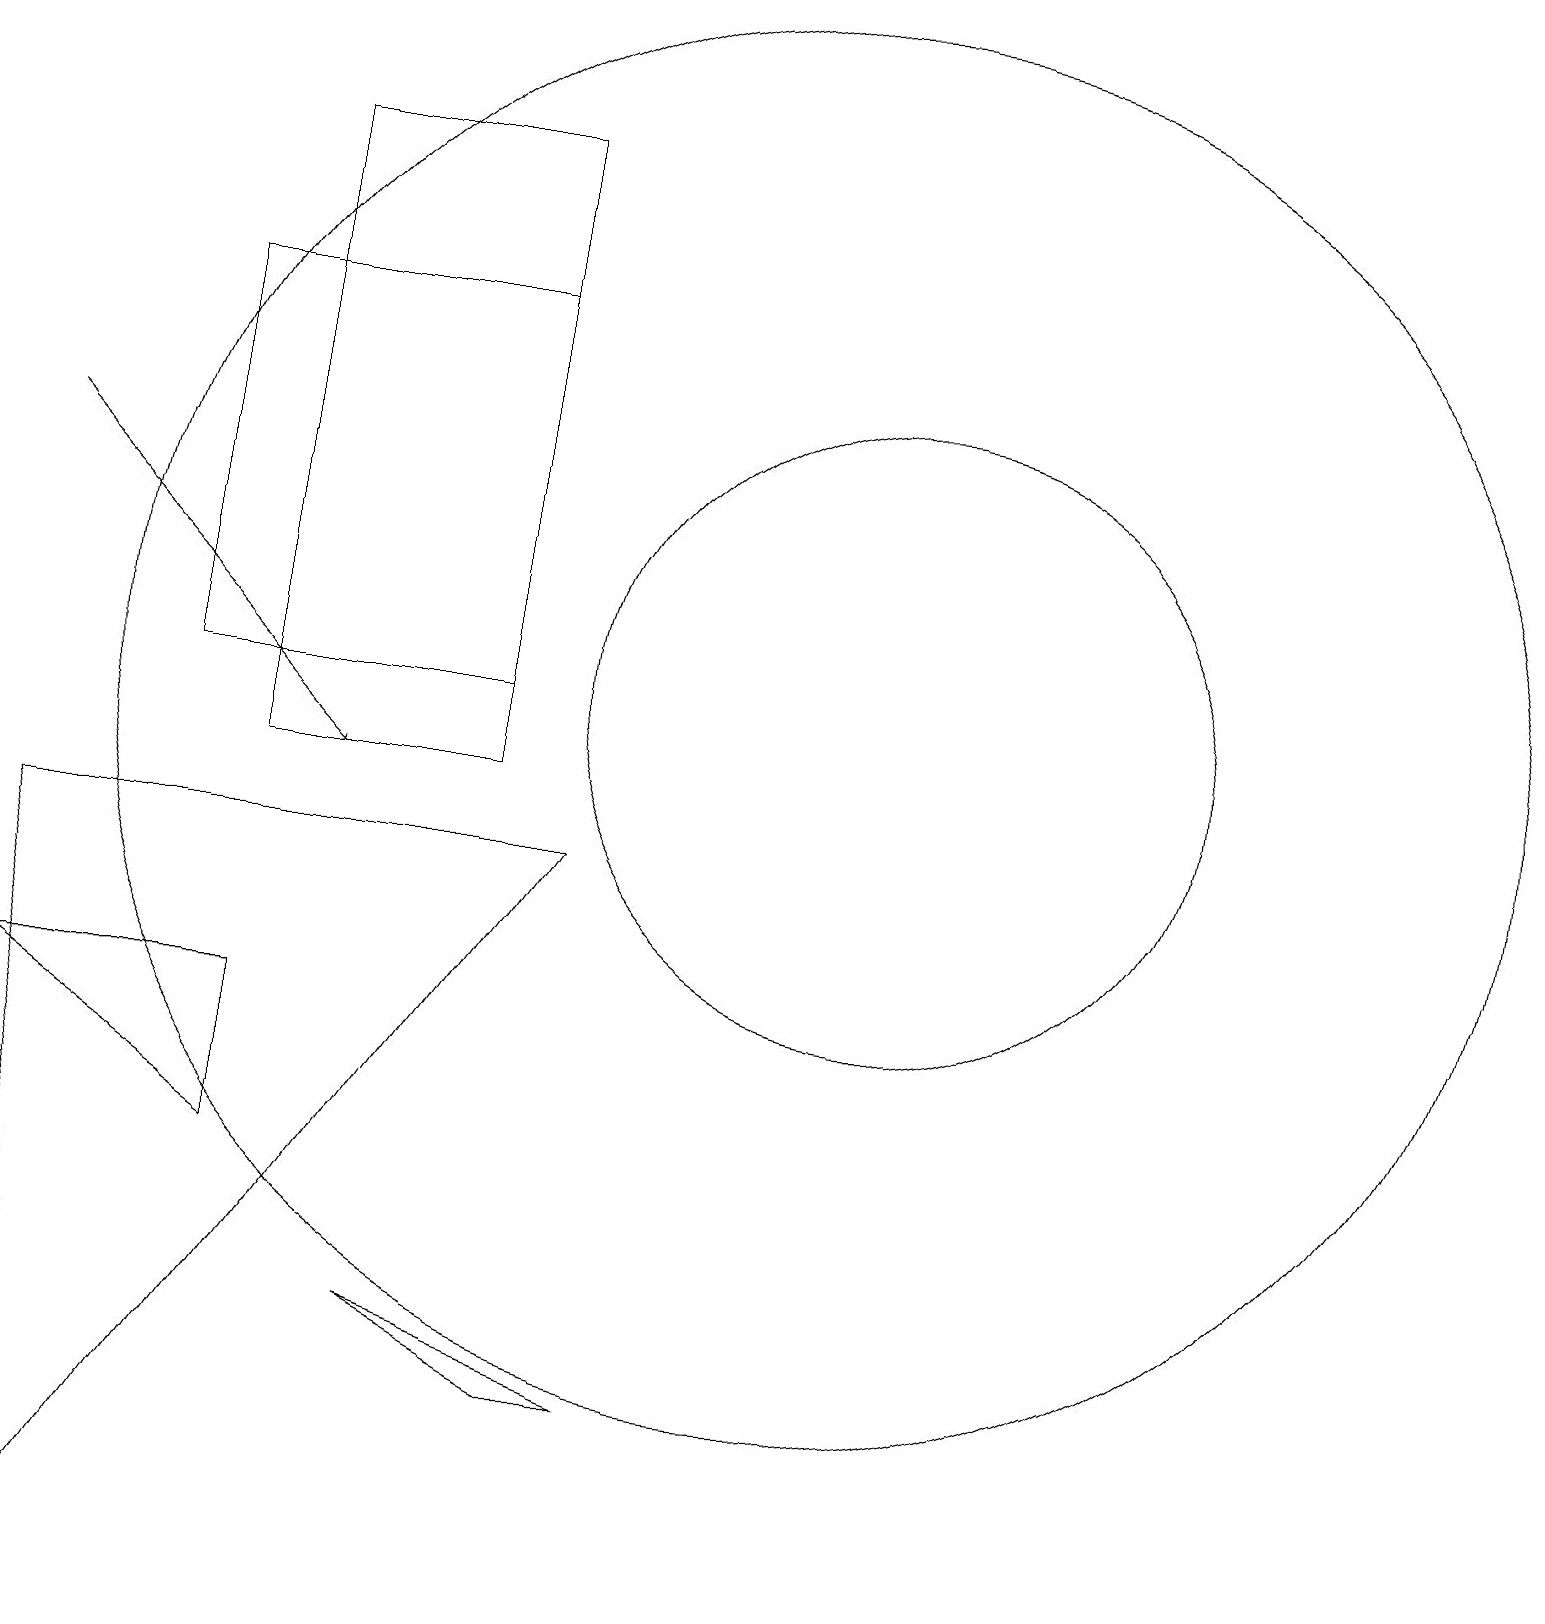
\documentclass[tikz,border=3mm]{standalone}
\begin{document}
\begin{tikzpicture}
\draw (11,11) circle (9);
\draw[->] (1,14) -- (5,10);
\draw (9,2) -- (6,3) -- (8,2) -- cycle;
\draw (12,11) circle (4);
\draw (3,11) rectangle (7,16);
\draw (4,10) rectangle (7,18);
\draw (8,9) -- (1,9) -- (2,0) -- cycle;
\draw (4,5) -- (1,7) -- (4,7) -- cycle;
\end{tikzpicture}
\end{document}